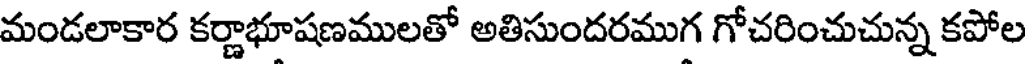
మండలాకార కర్ణాభూషణములతో అతిసుందరముగ గోచరించుచున్న కపోల